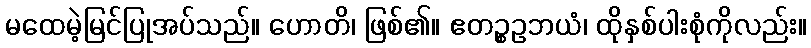
မထေမဲ့မြင်ပြုအပ်သည်။ ဟောတိ၊ ဖြစ်၏။ ဧတဉ္စဥဘယံ၊ ထိုနှစ်ပါးစုံကိုလည်း။